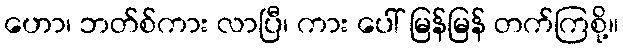
ဟော၊ ဘတ်စ်ကား လာပြီ၊ ကား ပေါ် မြန်မြန် တက်ကြစို့။